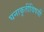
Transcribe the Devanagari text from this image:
घनाकृतींविषयीं